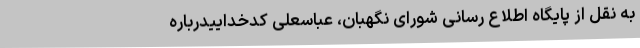
به نقل از پایگاه اطلاع رسانی شورای نگهبان، عباسعلی کدخداییدرباره